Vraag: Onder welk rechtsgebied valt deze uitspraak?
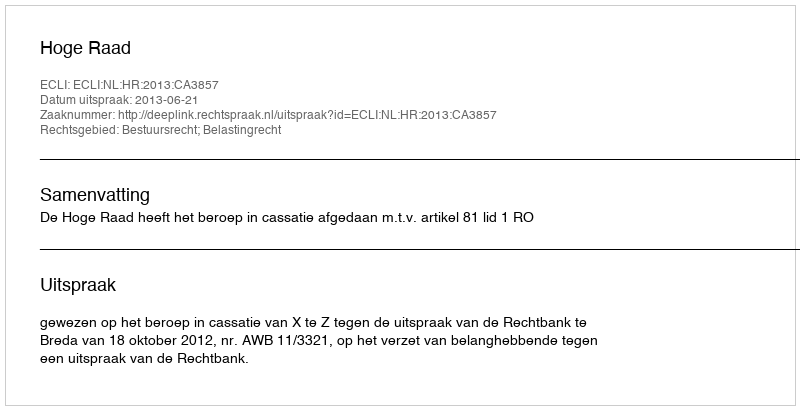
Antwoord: Bestuursrecht; Belastingrecht